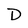
Character: D